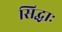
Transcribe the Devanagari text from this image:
सिद्धाः